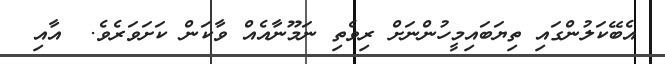
އެބޭކަލުންގައި ތިޔަބައިމީހުންނަށް ރިވެތި ނަމޫނާއެއް ވާކަން ކަށަވަރެވެ.  އާއި